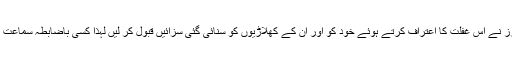
’’بیان کے مطابق، ڈی ویلئیرز نے اس غفلت کا اعتراف کرتے ہوئے خود کو اور ان کے کھلاڑیوں کو سنائی گئی سزائیں قبول کر لیں لہذا کسی باضابطہ سماعت کی ضرورت باقی نہیں رہی۔